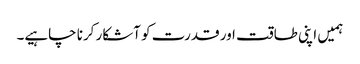
ہمیں اپنی طاقت اور قدرت کو آشکار کرنا چاہیے۔